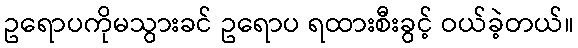
ဥရောပကိုမသွားခင် ဥရောပ ရထားစီးခွင့် ဝယ်ခဲ့တယ်။